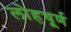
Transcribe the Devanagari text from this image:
लोहचूर्ण